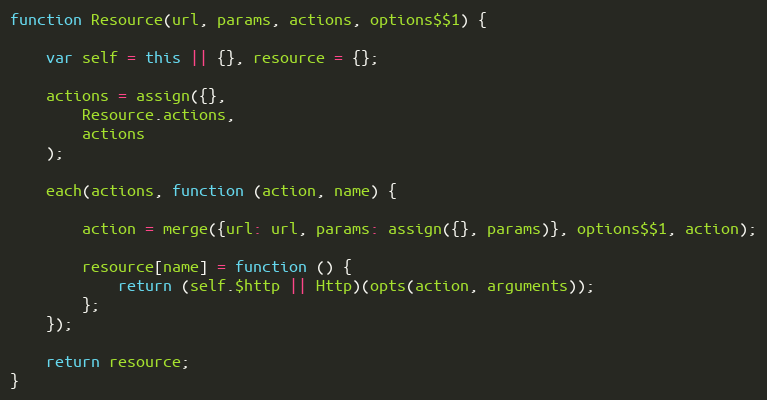
Language: JavaScript
function Resource(url, params, actions, options$$1) {

    var self = this || {}, resource = {};

    actions = assign({},
        Resource.actions,
        actions
    );

    each(actions, function (action, name) {

        action = merge({url: url, params: assign({}, params)}, options$$1, action);

        resource[name] = function () {
            return (self.$http || Http)(opts(action, arguments));
        };
    });

    return resource;
}